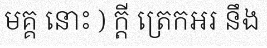
មគ្គ នោះ ) ក្តី ត្រេកអរ នឹង